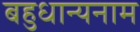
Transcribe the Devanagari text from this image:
बहुधान्यनाम